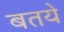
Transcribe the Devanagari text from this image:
बतये